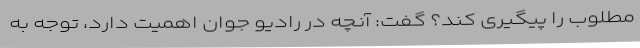
مطلوب را پیگیری کند؟ گفت: آنچه در رادیو جوان اهمیت دارد، توجه به